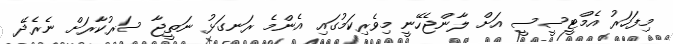
މިފަހަރު އެމްޓީސީސީ އަށް ލާންޖެހޭނީ މިވެރިކަމުގައި އެންމެ ރަނގަޅު ނަތީޖާ ސަރުކާރަށް ނެރެދޭ